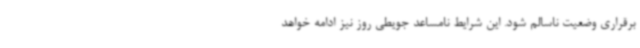
برقراری وضعیت ناسالم شود. این شرایط نامساعد جویطی روز نیز ادامه خواهد